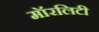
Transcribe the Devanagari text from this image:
मॉरलिटी